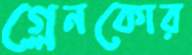
গ্লেনকোর